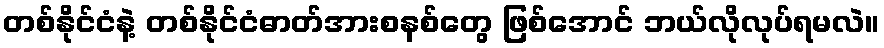
တစ်နိုင်ငံနဲ့ တစ်နိုင်ငံဓာတ်အားစနစ်တွေ ဖြစ်အောင် ဘယ်လိုလုပ်ရမလဲ။